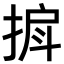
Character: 𫽒